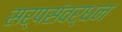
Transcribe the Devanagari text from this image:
सर्पसंवर्धन